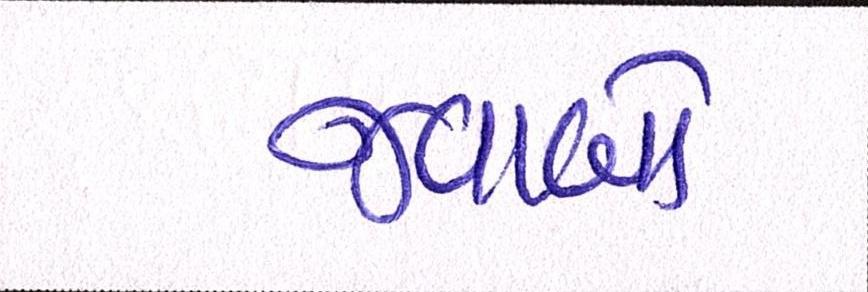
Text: જવાબો